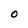
Character: 0